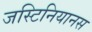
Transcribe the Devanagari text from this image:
जस्टिनियानस